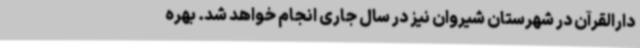
دارالقرآن در شهرستان شیروان نیز در سال جاری انجام خواهد شد. بهره